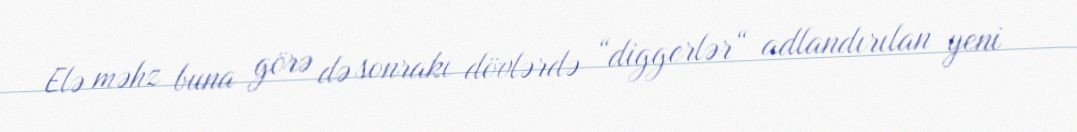
Elə məhz buna görə də sonrakı dövlərdə “diggerlər“ adlandırılan yeni